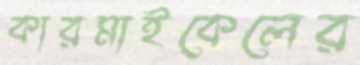
কারমাইকেলের